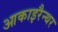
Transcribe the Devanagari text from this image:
आकाइरैन्थर